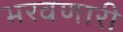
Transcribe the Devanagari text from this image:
भरवणारी